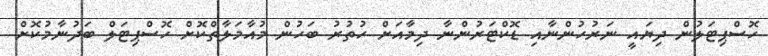
ހޮސްޕިޓަލުން ދިޔައީ ނަރުހުންނާއި ޑޮކްޓަރުންނާ ދިމާއަށް ހުތުރު ބަހުން މުއާމަލާތްކޮށް ހޮސްޕިޓަލް ބަދުނާމުކޮށް